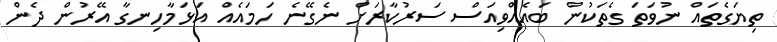
ތިޔަގެތައް ނުވަތަ ގެތަކުން ބައެއްވިއަސް ސަރުކާރަށް ނެގޭނެ ހަމައެއް އަޅަމާހިނގާ އޭރުން ދެން